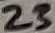
Text: 23